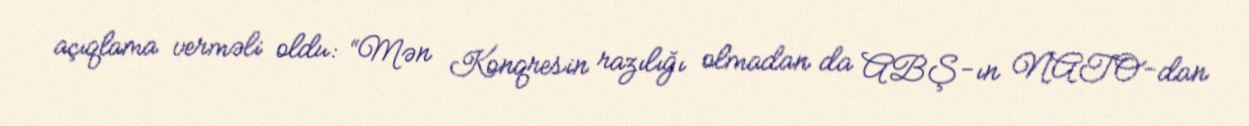
açıqlama verməli oldu: “Mən Konqresin razılığı olmadan da ABŞ-ın NATO-dan